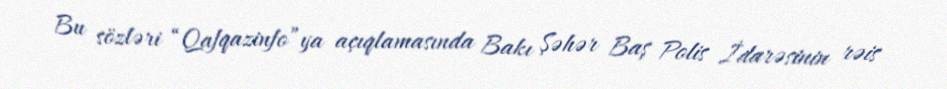
Bu sözləri “Qafqazinfo”ya açıqlamasında Bakı Şəhər Baş Polis İdarəsinin rəis